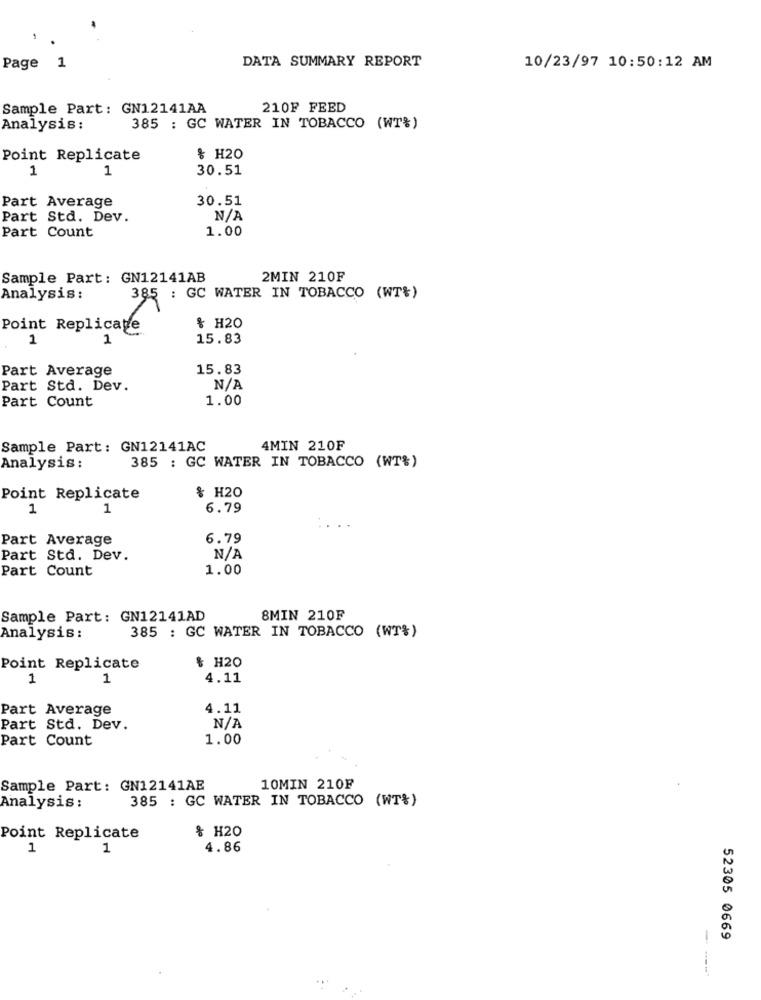
DATA SUMMARY REPORT
Page 1
10/23/97 10:50:12 AM
Sample Part: GN12141AA
210F FEED
Analysis :
385 : GC WATER IN TOBACCO (WT%)
Point Replicate
& H20
1
30.51
1
30.51
Part Average
Part Std. Dev.
Part Count
1.00
Sample Part: GN12141AB
2MIN 210F
Analysis:
385 : GC WATER IN TOBACCO (WT%)
Point Replicate
& H20
1
1
15.83
Part Average
15.83
Part Std. Dev.
Part Count
1.00
Sample Part: GN12141AC
4MIN 210F
Analysis:
385 : GC WATER IN TOBACCO (WT%)
& H20
Point Replicate
1
1
6.79
Part Average
6.79
Part Std. Dev.
Part Count
1.00
Sample Part: GN12141AD
8MIN 210F
385 : GC WATER IN TOBACCO (WT%)
Analysis :
Point Replicate
& H20
1
1
4.11
Part Average
4.11
Part Std. Dev.
Part Count
1.00
Sample Part: GN12141AE
10MIN 210F
385 : GC WATER IN TOBACCO (WT%)
Analysis :
& H20
Point Replicate
1
4.86
52305 0669